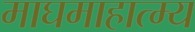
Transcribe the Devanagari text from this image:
माघमाहात्म्य